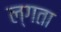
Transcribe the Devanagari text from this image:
ल्गता